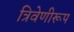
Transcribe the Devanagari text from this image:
त्रिवेणीरूप